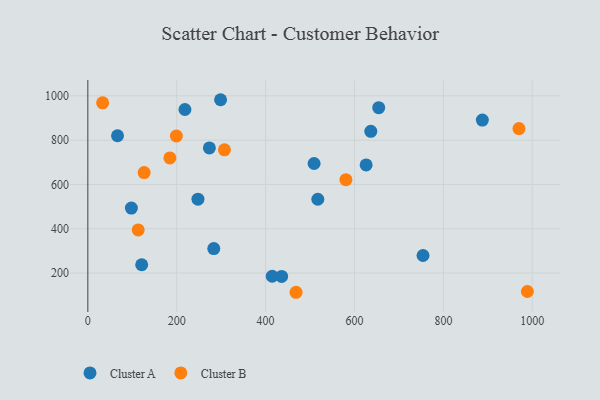
{"axis": {"x": "Distance", "y": "Demand"}, "legend": ["Cluster A", "Cluster B"], "data": [{"x": "218.5", "y": 938.4, "type": "Cluster A"}, {"x": "436.1", "y": 184.5, "type": "Cluster A"}, {"x": "636.7", "y": 839.9, "type": "Cluster A"}, {"x": "121.2", "y": 237.4, "type": "Cluster A"}, {"x": "754.2", "y": 279.1, "type": "Cluster A"}, {"x": "247.8", "y": 533.3, "type": "Cluster A"}, {"x": "626.2", "y": 688.1, "type": "Cluster A"}, {"x": "517.5", "y": 533.1, "type": "Cluster A"}, {"x": "414.9", "y": 185.4, "type": "Cluster A"}, {"x": "66.8", "y": 820.0, "type": "Cluster A"}, {"x": "283.4", "y": 310.5, "type": "Cluster A"}, {"x": "298.7", "y": 982.6, "type": "Cluster A"}, {"x": "98.0", "y": 493.3, "type": "Cluster A"}, {"x": "654.5", "y": 946.8, "type": "Cluster A"}, {"x": "887.7", "y": 890.8, "type": "Cluster A"}, {"x": "509.1", "y": 694.6, "type": "Cluster A"}, {"x": "273.5", "y": 765.0, "type": "Cluster A"}, {"x": "970.1", "y": 852.3, "type": "Cluster B"}, {"x": "184.6", "y": 720.0, "type": "Cluster B"}, {"x": "307.4", "y": 756.4, "type": "Cluster B"}, {"x": "989.0", "y": 116.6, "type": "Cluster B"}, {"x": "580.7", "y": 621.6, "type": "Cluster B"}, {"x": "126.7", "y": 653.8, "type": "Cluster B"}, {"x": "33.3", "y": 968.7, "type": "Cluster B"}, {"x": "199.2", "y": 818.8, "type": "Cluster B"}, {"x": "113.3", "y": 394.7, "type": "Cluster B"}, {"x": "468.5", "y": 113.1, "type": "Cluster B"}]}